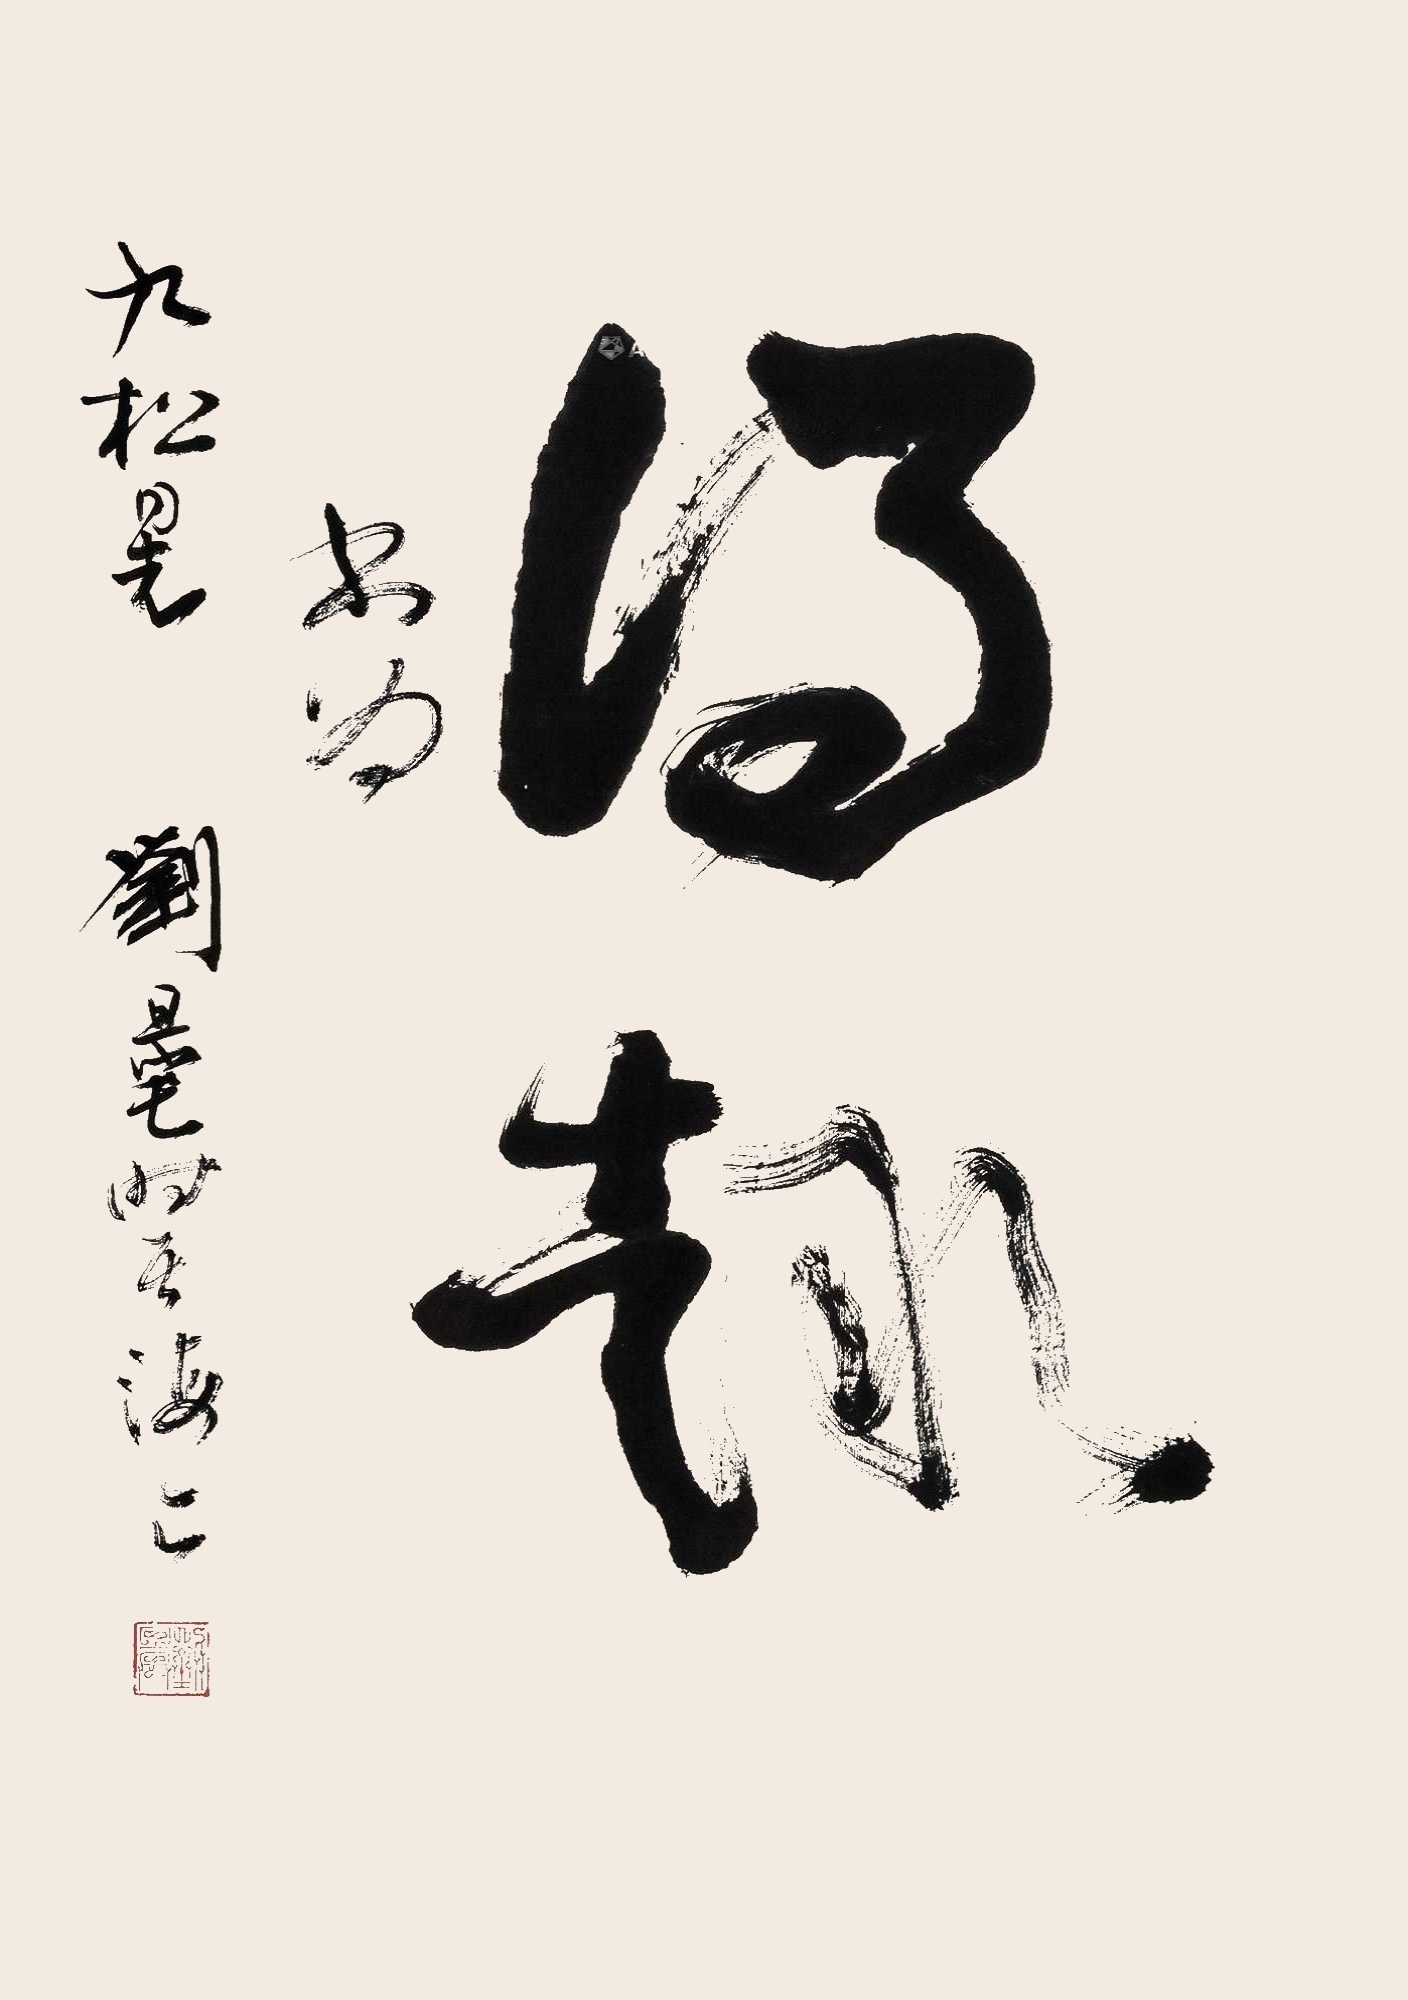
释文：得趣。书为九松同志，刘旦宅时居海上。